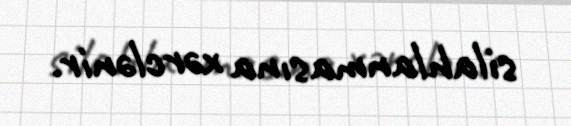
silahlanmasına xərclənir.